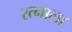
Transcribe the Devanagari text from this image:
रत्‍नाला